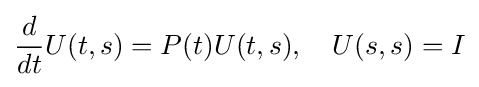
{\frac {d}{dt}}U(t,s)=P(t)U(t,s),\quad U(s,s)=I